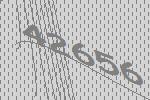
42656